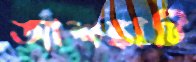
আশঙ্কাটি